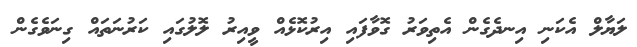
ލަޔާލް އެކަނި އިނދެގެން އެތިވަރު ގޮވާފައި އިރުކޮޅެއް ވީއިރު ލޮލުގައި ކަރުނަތައް ގިނަވެގެން